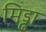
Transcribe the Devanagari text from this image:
मिड्ढा